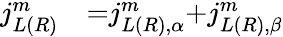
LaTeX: \begin{array}{ll}{{{j}}_{{L(R)}}^{{m}}}&{{=}{{j}}_{{L(R),}\alpha}^{{m}}{+}{{j}}_{{L(R),}\beta}^{{m}}}\end{array}